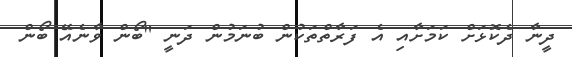
ދީނާ ދެކޮޅަށް ކަމަށާއި އެ ފަރާތްތަކުން ބުނަމުން ދަނީ "ބޯން ވާނެއޭ ބޯން